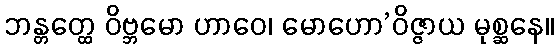
ဘန္တတ္ထေ ဝိဗ္ဘမော ဟာဝေ၊ မောဟော’ဝိဇ္ဇာယ မုစ္ဆနေ။